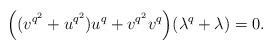
\begin{align*}\Big((v^{q^2}+u^{q^2})u^q+v^{q^2}v^q\Big)(\lambda^q+\lambda)=0.\end{align*}